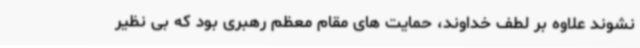
نشوند علاوه بر لطف خداوند، حمایت های مقام معظم رهبری بود که بی نظیر